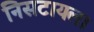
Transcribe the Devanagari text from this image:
निसटायला